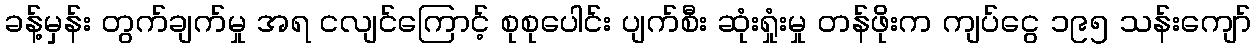
ခန့်မှန်း တွက်ချက်မှု အရ ငလျင်ကြောင့် စုစုပေါင်း ပျက်စီး ဆုံးရှုံးမှု တန်ဖိုးက ကျပ်ငွေ ၁၉၅ သန်းကျော်